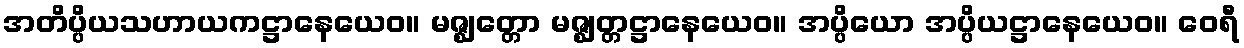
အတိပ္ပိယသဟာယကဋ္ဌာနေယေဝ။ မဇ္ဈတ္တော မဇ္ဈတ္တဋ္ဌာနေယေဝ။ အပ္ပိယော အပ္ပိယဋ္ဌာနေယေဝ။ ဝေရီ